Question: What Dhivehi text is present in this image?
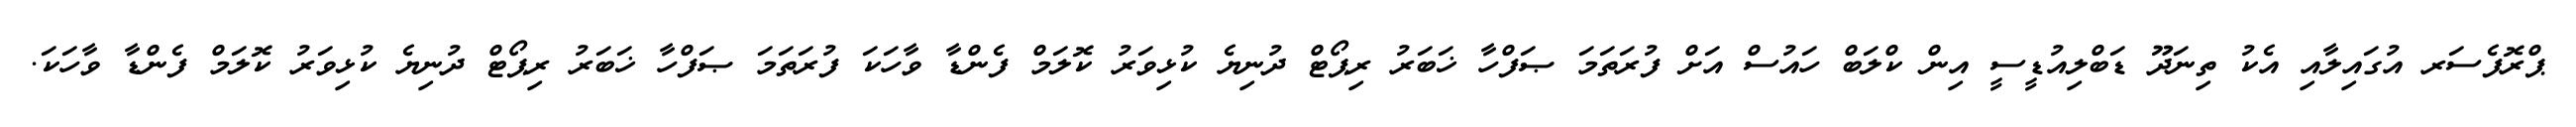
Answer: ޕްރޮފެސަރ އުގައިލާއި އެކު ތިނަދޫ ޑަބްލިއުޑީސީ އިން ކްލަބް ހައުސް އަށް ފުރަތަމަ ޞަފްހާ ޚަބަރު ރިޕޯޓް ދުނިޔެ ކުޅިވަރު ކޮލަމް ފެންޑާ ވާހަކަ ފުރަތަމަ ޞަފްހާ ޚަބަރު ރިޕޯޓް ދުނިޔެ ކުޅިވަރު ކޮލަމް ފެންޑާ ވާހަކަ.